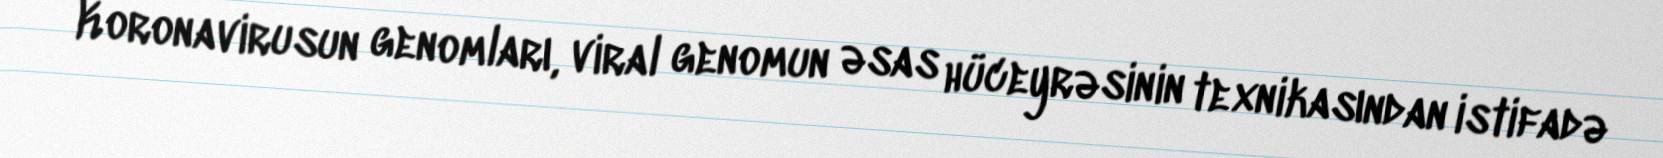
Koronavirusun genomları, viral genomun əsas hüceyrəsinin texnikasından istifadə